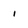
Character: 1